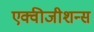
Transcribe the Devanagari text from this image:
एक्वीजीशन्स